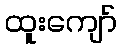
ထူးကျော်